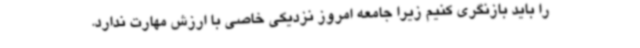
را باید بازنگری کنیم زیرا جامعه امروز نزدیکی خاصی با ارزش مهارت ندارد.